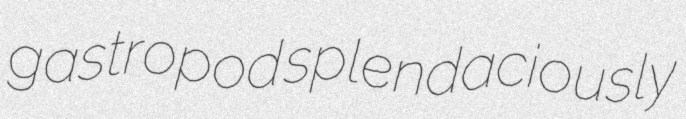
gastropod splendaciously